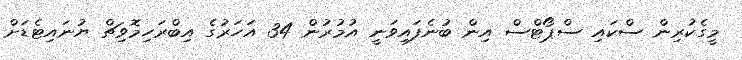
މީގެކުރިން ސްކައި ސްޕޯޓްސް އިން ބުނެފައިވަނީ އުމުރުން 34 އަހަރުގެ އިބްރަހިމޮވިޗް ޔުނައިޓެޑަށް